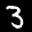
Label: 3